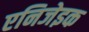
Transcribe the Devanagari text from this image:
एनिजेइक